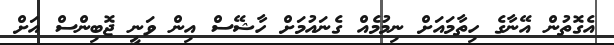
އެގޮތުން އޭނާގެ ހިތާމައަށް ނިމުމެއް ގެނައުމަށް ހާޝޭސް އިން ވަނީ ޖޮބިންސް އަށް